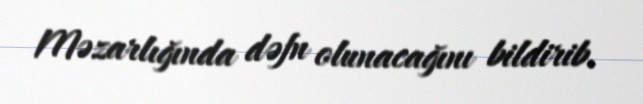
Məzarlığında dəfn olunacağını bildirib.